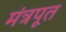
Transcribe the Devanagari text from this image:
मंत्रपूत